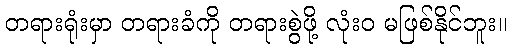
တရားရုံးမှာ တရားခံကို တရားစွဲဖို့ လုံးဝ မဖြစ်နိုင်ဘူး။